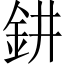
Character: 𨥙